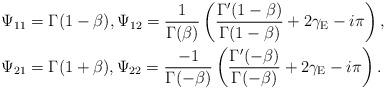
LaTeX: \begin{align*}& \Psi_{11} = \Gamma(1-\beta), \Psi_{12} = \frac{1}{\Gamma(\beta)} \left( \frac{\Gamma^{\prime}(1-\beta)}{\Gamma(1-\beta)}+2\gamma_{\mathrm{E}} - i \pi \right), \\& \Psi_{21} = \Gamma(1+\beta), \Psi_{22} = \frac{-1}{\Gamma(-\beta)} \left( \frac{\Gamma^{\prime}(-\beta)}{\Gamma(-\beta)} + 2\gamma_{\mathrm{E}} - i \pi \right).\end{align*}